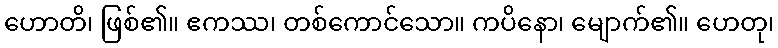
ဟောတိ၊ ဖြစ်၏။ ဧကဿ၊ တစ်ကောင်သော။ ကပိနော၊ မျောက်၏။ ဟေတု၊